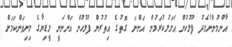
އާންމުންނާމެދު ފުލުހުން ޢަމަލުކުރަމުން އަންނަ ގޮތުގެ އިތުރުން ފުލުހުން އަންނަނީ މީޑިޔާގެ މިނިވަންކަމަށް